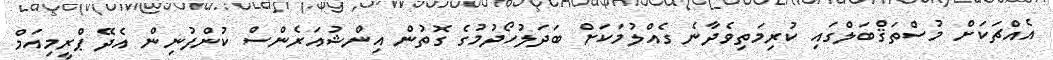
އެއްޗަކަށް މުސްތަޤްބަލްގައި ކުރިމަތިވެދާނެ ގެއްލުމަކަށް ބަދަލުހޯދުމުގެ ގޮތުން އިންޝުއަރެންސް ކުންފުނިން އެދޭ ޕްރީމިއަމް